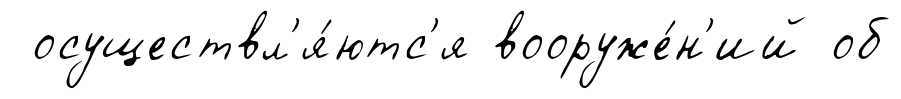
осуществл'я́ютс'я вооруже́н'ий об